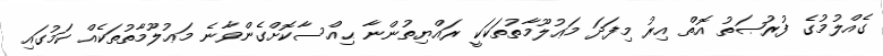
ގެއްލުމުގެ ފުރުޞަތު އޮތް އިރު މިފަދަ މަޢުލޫމާތުތަކަކީ ރައްޔިތުންނާ ޙިއްސާކޮށްގެންވާނެ މަޢުލޫމާތުތަކެއް ކަމުގައި